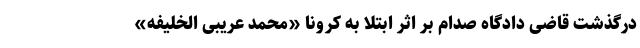
درگذشت قاضی دادگاه صدام بر اثر ابتلا به کرونا «محمد عریبی الخلیفه»